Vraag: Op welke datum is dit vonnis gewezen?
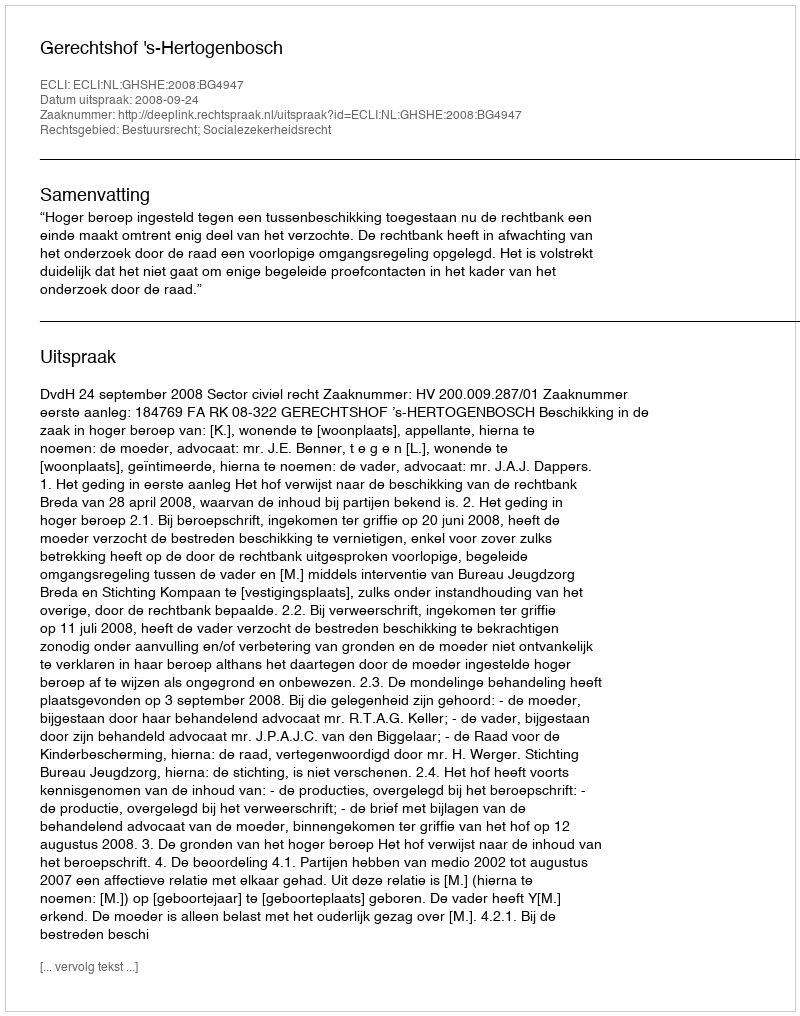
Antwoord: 2008-09-24